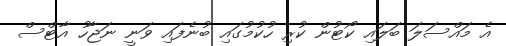
އެ މައްސަލަ ބަލައި ކޯޓުން ކުރި ހުކުމުގައި ބުނެފައި ވަނީ ނަޖާހު އާޓްސް